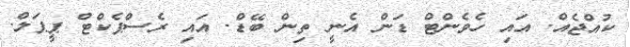
ކުއްޖެއް. އައި ހެވެންޓް ޑަން އެނީ ތިން ބޭޑް. އައި ރެސްޕެކްޓް ޕީޕަލް.